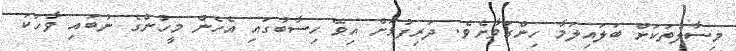
މިސާލުތަކަށް ބަލައިލަމާ ހިންގަވާށެވެ. ދަރިފުޅަށް އިވޭ ހިސާބުގައި އެހެން މީހުންގެ ނުބައި ވާހަކަ